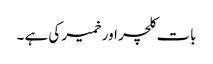
بات کلچر اورخمیر کی ہے ۔